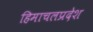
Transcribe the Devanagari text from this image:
हिमाचलप्रदेश